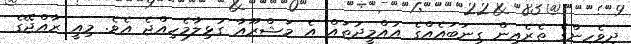
ދިވެހިންގެ ތެރެއިން ގިނަބައެއްގެ އުއްމީދުތައް އެ މަޝްރޫއާ ގުޅިލާމެހިއްޖެ އެވެ. މިއީ ރާއްޖޭގެ